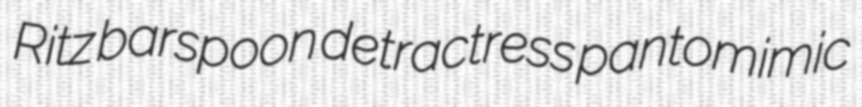
Ritz barspoon detractress pantomimic